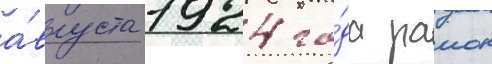
а́вгуста 1924 го́да раион